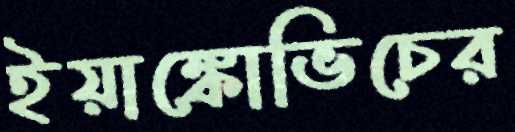
ইয়াঙ্কোভিচের